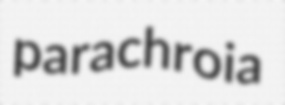
parachroia